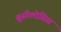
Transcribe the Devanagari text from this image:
ब्रूसीलोसिस